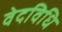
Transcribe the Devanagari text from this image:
वेदविधि